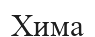
Хима